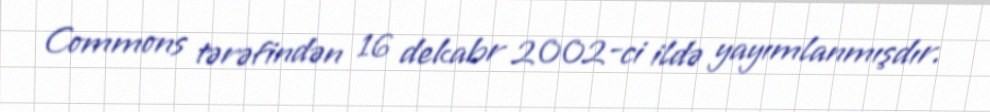
Commons tərəfindən 16 dekabr 2002-ci ildə yayımlanmışdır.